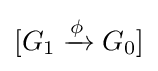
[G_{1}\xrightarrow {\phi } G_{0}]